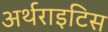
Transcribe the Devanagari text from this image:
अर्थराइटिस